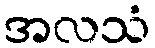
အလသံ